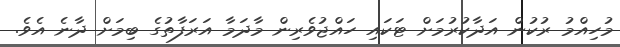
މުހިއްމު ރުކުން އަދާކުރުމަށް ޓަކައި ހައްޖުވެރިން މާދަމާ އަރަފާތުގެ ބިމަށް ދާނެ އެވެ.